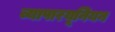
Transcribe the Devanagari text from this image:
व्यापारयूनियन